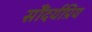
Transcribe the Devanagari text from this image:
सौंदर्यप्रिय